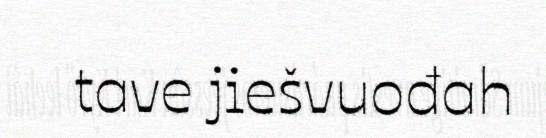
tave jiešvuođah